French and German assistants in Scottish schools and training centres, 1938
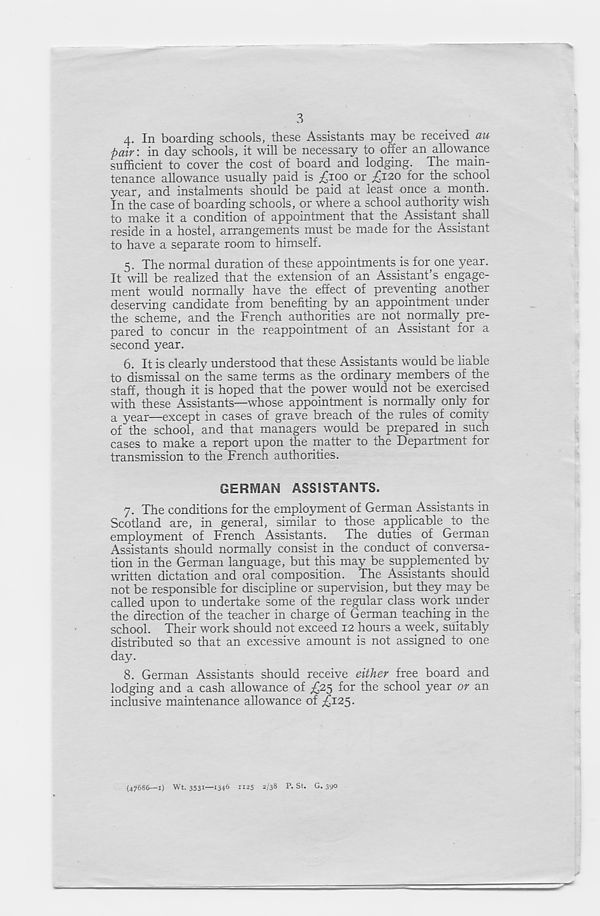
3
4. In boarding schools, these Assistants may be received au
pair: in day schools, it will be necessary to offer an allowance
sufficient to cover the cost of board and lodging. The main-
tenance allowance usually paid is £100 ox £120 for the school
year, and instalments should be paid at least once a .month.
In the case of boarding schools, or where a school authority wish
to make it a condition of appointment that the Assistant. shall
reside in a hostel, arrangements must be made for the Assistant
to have a separate room to himself.
5. The normal duration of these appointments is for one year.
It will be realized that the extension of an Assistant’s engage-
ment would normally have the effect of preventing another
deserving candidate from benefiting by an appointment under
the scheme, and the French authorities are not normally pre-
pared to concur in the reappointment of an Assistant for a
second year.
6. It is clearly understood that these Assistants would be liable
to dismissal on the same terms as the ordinary members of the
staff, though it is hoped that the power would not be exercised
with these Assistants—whose appointment is normally only for
a year—except in cases of grave breach of the rules of comity
of the school, and that managers would be prepared in such
cases to make a report upon the matter to the Department for
transmission to the French authorities.
GERMAN ASSISTANTS.
7. The conditions for the employment of German Assistants in
Scotland are, in general, similar to those applicable to the
employment of French Assistants. The duties of German
Assistants should normally consist in the conduct of conversa-
tion in the German language, but this may be supplemented by
written dictation and oral composition. The Assistants should
not be responsible for discipline or supervision, but they may be
called upon to undertake some of the regular class work under
the direction of the teacher in charge of German teaching in the
school. Their work should not exceed 12 hours a week, suitably
distributed so that an excessive amount is not assigned to one
day.
8. German Assistants should receive either free board and
lodging and a cash allowance of £25 for the school year or an
inclusive maintenance allowance of ^125.
{47686—1) Wt. 3531—1346 1125 2/38 P. St. G. 390